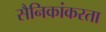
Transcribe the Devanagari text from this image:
सैनिकांकरता